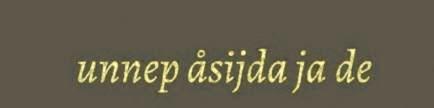
unnep åsijda ja de